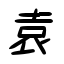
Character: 袁